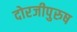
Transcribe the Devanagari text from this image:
दोरजीपुरुष